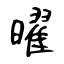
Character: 曜